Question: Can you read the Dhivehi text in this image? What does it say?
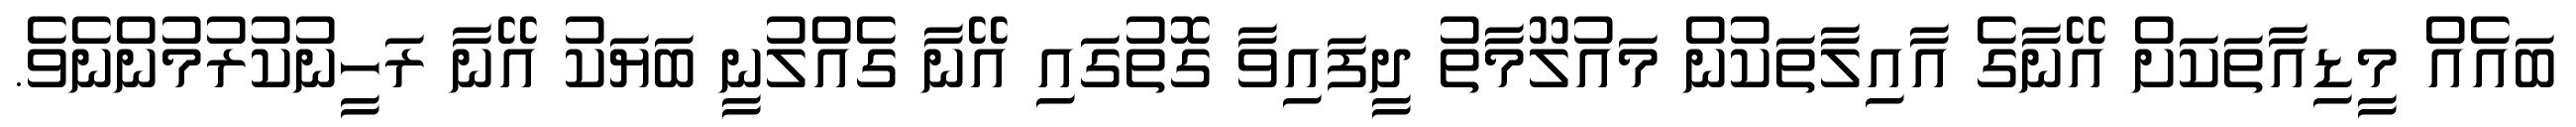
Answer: ބައެއް މީޑިއާތަކަށް އޭނާގެ އާއިލާތަކުން މައުލޫމާތު ދީފައިވާ ގޮތުގައި އޭނާ ގެއްލުނީ ބަޔަކު އޭނާ ރަހީނުކުރުމުންނެވެ.